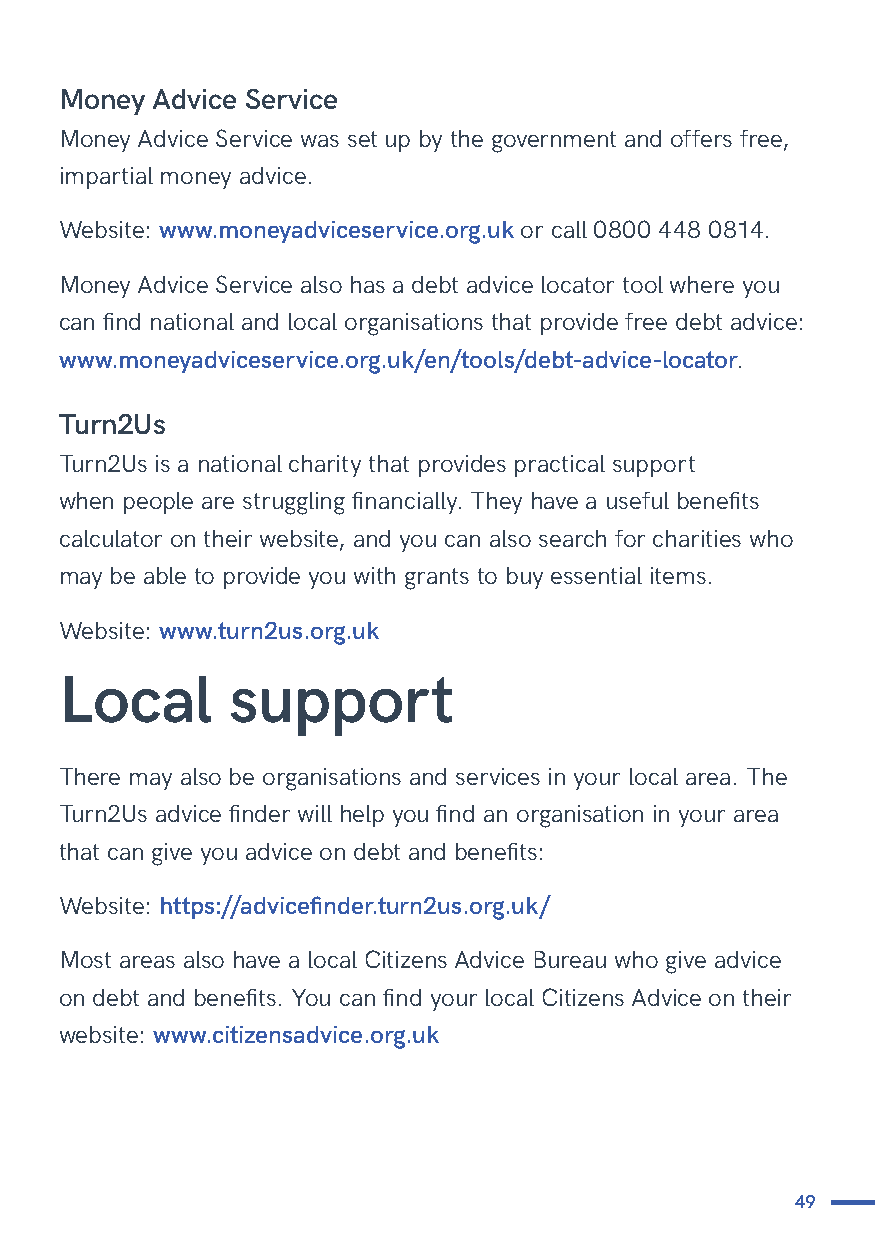
Money Advice Service
 Money Advice Service was set up by the government and offers free,
 impartial money advice.
 Website: www.moneyadviceservice.org.uk or call 0800 448 0814.
 Money Advice Service also has a debt advice locator tool where you
 can find national and local organisations that provide free debt advice:
 www.moneyadviceservice.org.uk/en/tools/debt-advice-locator.
 Turn2Us
 Turn2Us is a national charity that provides practical support
 when people are struggling financially. They have a useful benefits
 calculator on their website, and you can also search for charities who
 may be able to provide you with grants to buy essential items.
 Website: www.turn2us.org.uk
 Local      support
 There may also be organisations and services in your local area. The
 Turn2Us advice finder will help you find an organisation in your area
 that can give you advice on debt and benefits:
 Website: https://advicefinder.turn2us.org.uk/
 Most areas also have a local Citizens Advice Bureau who give advice
 on debt and benefits. You can find your local Citizens Advice on their
 website: www.citizensadvice.org.uk
 49